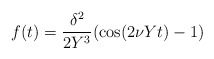
\begin{align*}f(t) = {{\delta^2} \over {2Y^3}} (\cos(2\nu Y t) - 1) \end{align*}